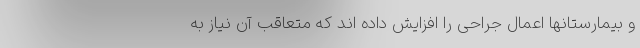
و بیمارستانها اعمال جراحی را افزایش داده اند که متعاقب آن نیاز به